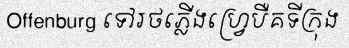
Offenburg ទៅរថភ្លើងហ្វ្រេបឺគទីក្រុង